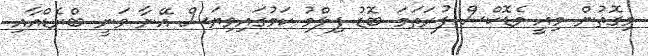
މިގޮތުން މިއީ މެޑޮކްސް ފުރަތަމަ ބޮޑު ފިލްމު ކަމުގައިވިޔަސް އޭނާ ވަނީ ބްރެޑްއާއި